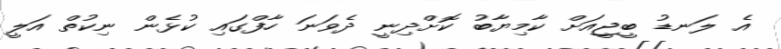
އެ ލަނޑު ބީޖީއަށް ކާމިޔާބު ކޮށްދިނީ ދެވަނަ ހާފްގައި ކުޅެން ނިކުތް އަލީ